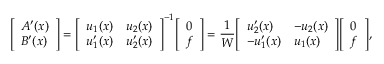
{ \left[ \begin{array} { l } { A ^ { \prime } ( x ) } \\ { B ^ { \prime } ( x ) } \end{array} \right] } = { \left[ \begin{array} { l l } { u _ { 1 } ( x ) } & { u _ { 2 } ( x ) } \\ { u _ { 1 } ^ { \prime } ( x ) } & { u _ { 2 } ^ { \prime } ( x ) } \end{array} \right] } ^ { - 1 } { \left[ \begin{array} { l } { 0 } \\ { f } \end{array} \right] } = { \frac { 1 } { W } } { \left[ \begin{array} { l l } { u _ { 2 } ^ { \prime } ( x ) } & { - u _ { 2 } ( x ) } \\ { - u _ { 1 } ^ { \prime } ( x ) } & { u _ { 1 } ( x ) } \end{array} \right] } { \left[ \begin{array} { l } { 0 } \\ { f } \end{array} \right] } ,